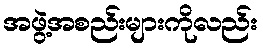
အဖွဲ့အစည်းများကိုလည်း